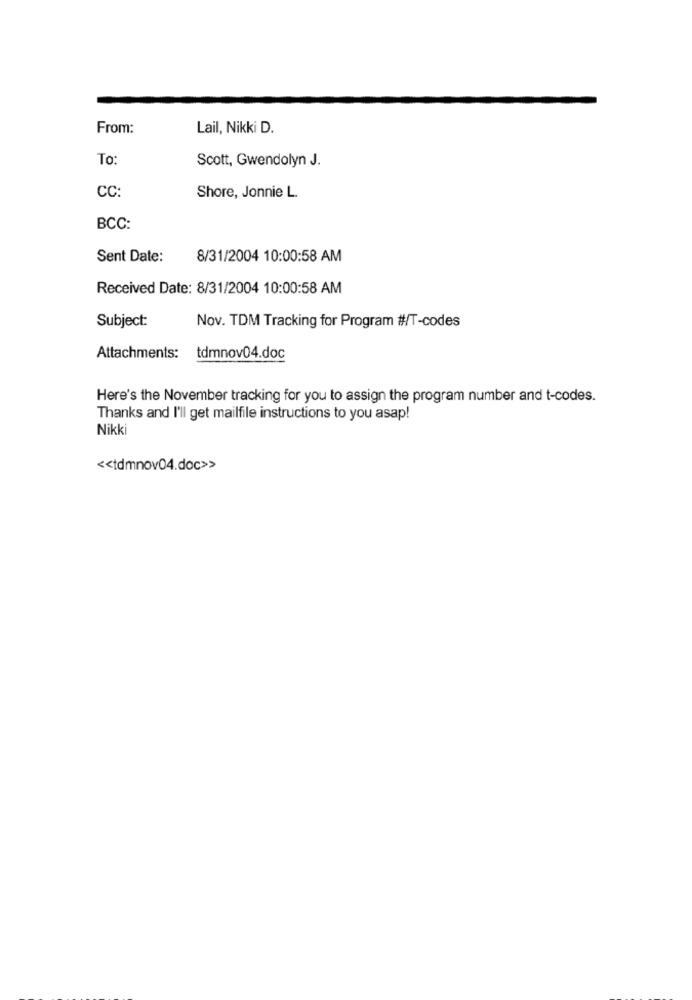
From:
Lail, Nikki D.
To:
Scott, Gwendolyn J.
CC:
Shore, Jonnie L.
BCC:
Sent Date:
8/31/2004 10:00:58 AM
Received Date: 8/31/2004 10:00:58 AM
Subject:
Nov. TDM Tracking for Program #/T-codes
Attachments: tdmnov04.doc
Here's the November tracking for you to assign the program number and t-codes.
Thanks and I'll get mailfile instructions to you asap!
Nikki
<< tdmnov04.doc>>